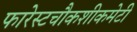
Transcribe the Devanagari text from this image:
फारेस्टचौकशीकमेटी